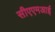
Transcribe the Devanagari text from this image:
सीएएमआई